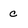
Character: c